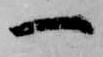
一